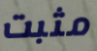
مثبت